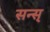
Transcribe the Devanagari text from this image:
सन्स्